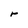
Character: r